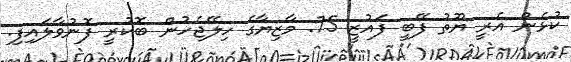
ކުޅެން އެރީ ޔޫތު ފޭބީ ފައުޒީ 75: މާޒިޔާގެ ހިލޭޖެހުން ބޮކުރީ ފޮނުވާލައިފި.